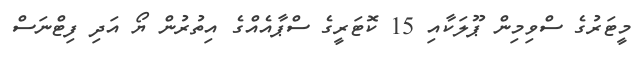
މީޓަރުގެ ސްވިމިން ޕޫލަކާއި 15 ކޮޓަރީގެ ސްޕާއެއްގެ އިތުރުން ޔޯ އަދި ފިޓްނަސް